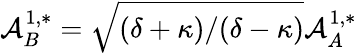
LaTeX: \mathcal{A}_{B}^{1,*}=\sqrt{(\delta+\kappa)/(\delta-\kappa)}\mathcal{A}_{A}^{1,*}